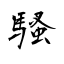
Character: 騷